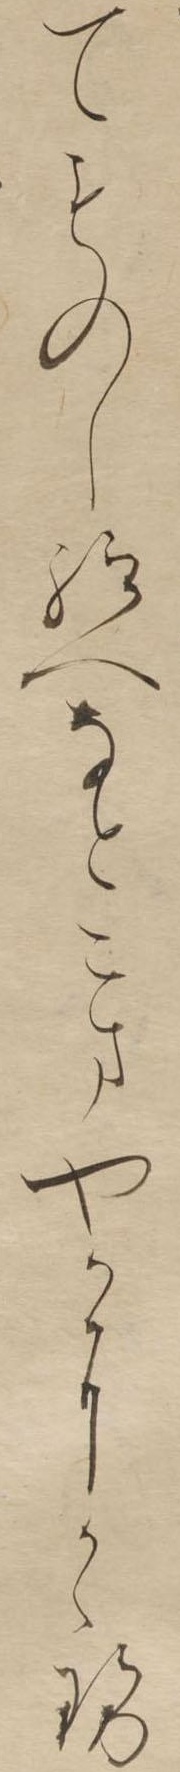
てものし給へなとこまやかにかゝせ